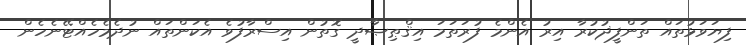
ފިޔަވަޅުތައް ތަންފީޛުކުރާ އިރު އެންމެ ފުރަތަމަ އިޤްޠިޞާދީ ގޮތުން އިސްރާފުވެ އެކަންތައް ނުދެމެހެއްޓޭނެހެން